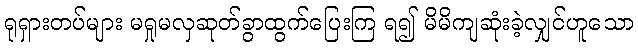
ရုရှားတပ်များ မရှုမလှဆုတ်ခွာထွက်ပြေးကြ ရ၍ မိမိကျဆုံးခဲ့လျှင်ဟူသော